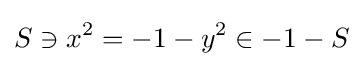
S\ni x^{2}=-1-y^{2}\in -1-S